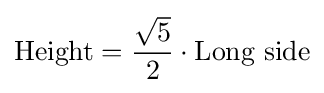
{\text{Height}}={\frac {\sqrt {5}}{2}}\cdot {\text{Long side}}